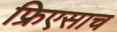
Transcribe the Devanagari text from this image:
फ्रिएसाच